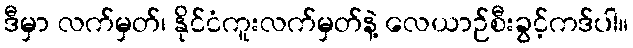
ဒီမှာ လက်မှတ်၊ နိုင်ငံကူးလက်မှတ်နဲ့ လေယာဉ်စီးခွင့်ကဒ်ပါ။